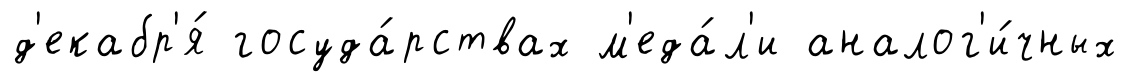
д'екабр'я́ госуда́рствах м'еда́л'и аналог'и́чных